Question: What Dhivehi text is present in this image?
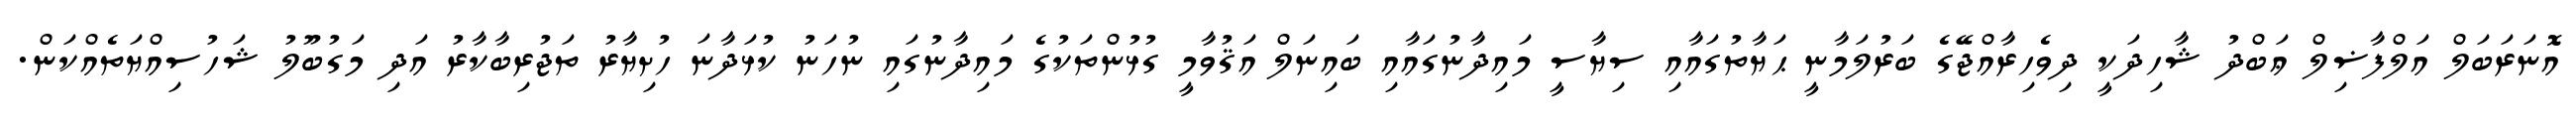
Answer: އޮނަރަބަލް އަލްފާޟިލް ޢަބްދު ޝާހިދަކީ ދިވެހިރާއްޖޭގެ ބަރުލަމާނީ ޙަޔާތުގައާއި ސިޔާސީ މައިދާނުގައާއި ބައިނަލް އަޤުވާމީ ގުޅުންތަކުގެ މައިދާނުގައި ނުހަނު ކުޅަދާނަ ހުށިޔާރު ތަޖުރިބާކާރު އަދި މަގުބޫލު ޝަހުސިއްޔަތެއްކަން.